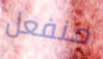
منفعل